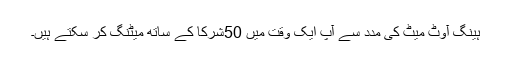
ہینگ آوٹ میٹ کی مدد سے آپ ایک وقت میں 50شرکا کے ساتھ میٹنگ کر سکتے ہیں۔